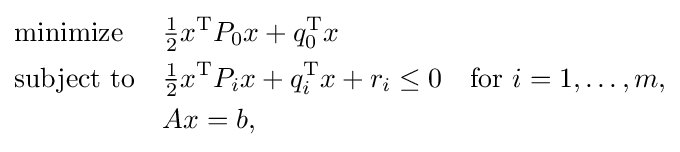
{\begin{aligned}&{\text{minimize}}&&{\tfrac {1}{2}}x^{\mathrm {T} }P_{0}x+q_{0}^{\mathrm {T} }x\\&{\text{subject to}}&&{\tfrac {1}{2}}x^{\mathrm {T} }P_{i}x+q_{i}^{\mathrm {T} }x+r_{i}\leq 0\quad {\text{for }}i=1,\dots ,m,\\&&&Ax=b,\end{aligned}}